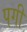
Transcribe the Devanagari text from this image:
पगी